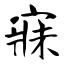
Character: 寐